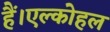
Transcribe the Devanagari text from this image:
हैं।एल्कोहल